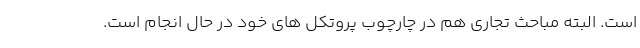
است. البته مباحث تجاری هم در چارچوب پروتکل های خود در حال انجام است.